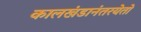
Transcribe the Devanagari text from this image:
कालखंडानंतरयेतो